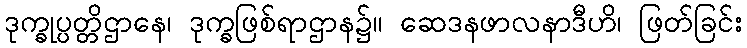
ဒုက္ခုပ္ပတ္တိဌာနေ၊ ဒုက္ခဖြစ်ရာဌာန၌။ ဆေဒနဖာလနာဒီဟိ၊ ဖြတ်ခြင်း